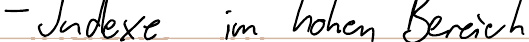
- Indexe im hohen Bereich